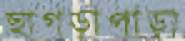
ছাগড়াপাড়া